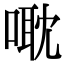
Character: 𠹆